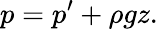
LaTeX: p=p^{\prime}+\rho gz.